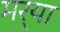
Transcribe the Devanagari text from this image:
मर्‍या